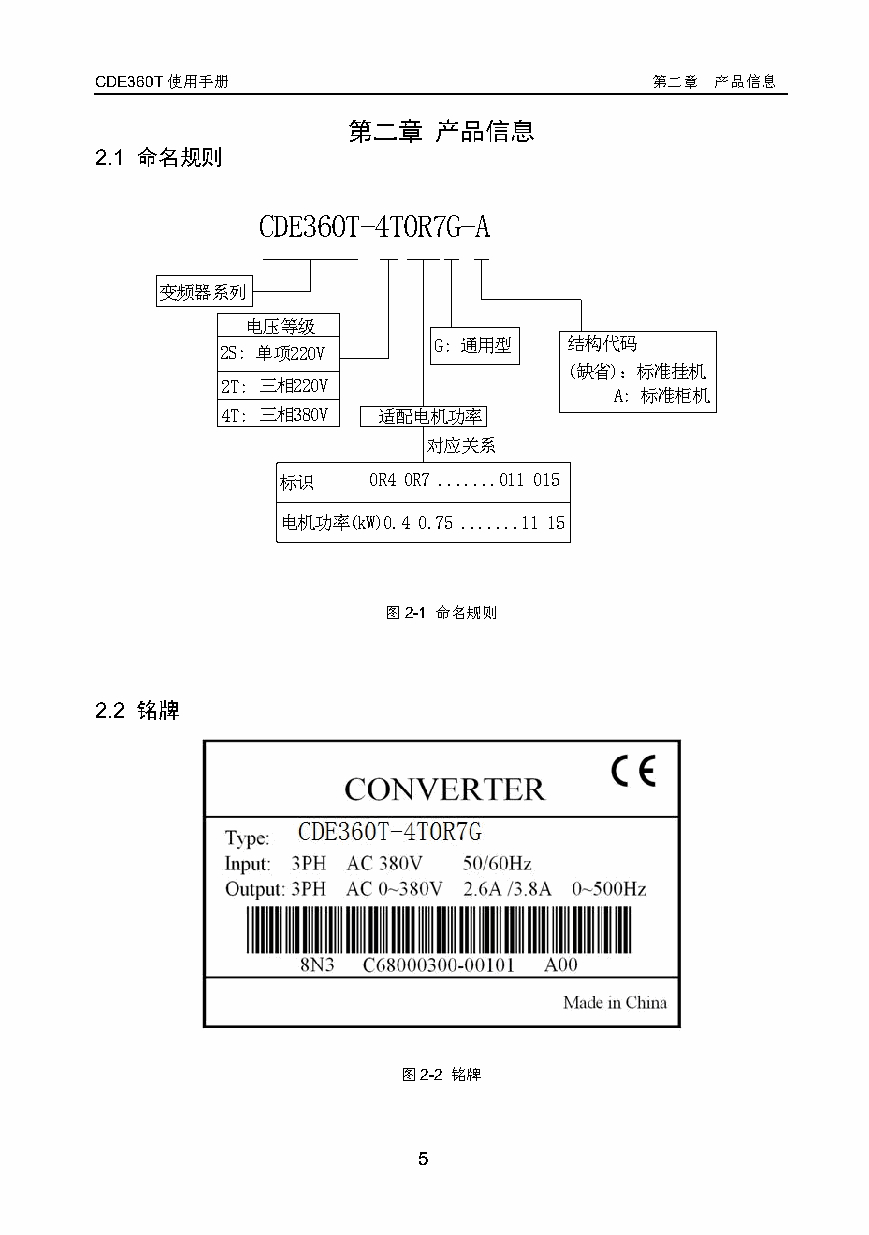
CDE360T使用手册                          第二章 产品信息
 第二章   产品信息
 2.1 命名规则
 CDE360T-4T0R7G-A
 变频器系列
 电压等级
 G: 通用型   结构代码
 2S: 单项220V
 (缺省)：标准挂机
 2T: 三相220V
 A: 标准柜机
 4T: 三相380V 适配电机功率
 对应关系
 标识    0R4 0R7 .......011 015
 电机功率(kW)0.4 0.75 .......11 15
 图2-1 命名规则
 2.2 铭牌
 图2-2 铭牌
 5